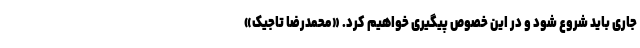
جاری باید شروع شود و در این خصوص پیگیری خواهیم کرد. «محمدرضا تاجیک»